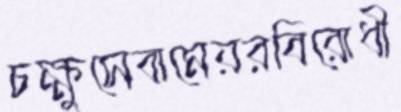
চক্ষুসেবামেয়রবিরোধী